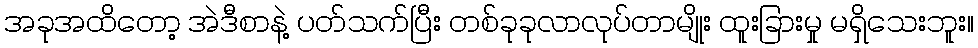
အခုအထိတော့ အဲဒီစာနဲ့ ပတ်သက်ပြီး တစ်ခုခုလာလုပ်တာမျိုး ထူးခြားမှု မရှိသေးဘူး။